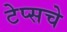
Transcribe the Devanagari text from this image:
टेप्सचे